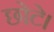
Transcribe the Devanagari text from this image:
छोटे।